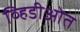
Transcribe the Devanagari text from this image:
व्हिडीओत